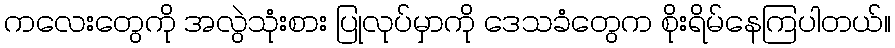
ကလေးတွေကို အလွဲသုံးစား ပြုလုပ်မှာကို ဒေသခံတွေက စိုးရိမ်နေကြပါတယ်။